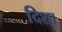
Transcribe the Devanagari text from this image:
दिशा